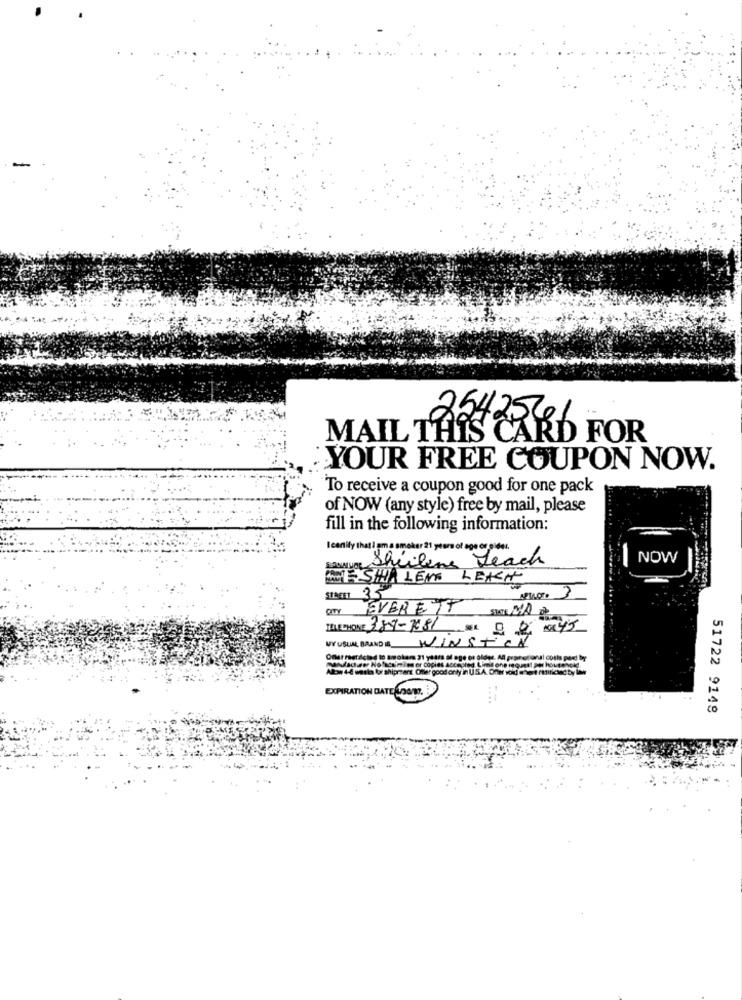
2542561
MAIL THIS CARD FOR
YOUR FREE COUPON NOW.
To receive a coupon good for one pack
of NOW (any style) free by mail, please
fill in the following information:
Icanity that i am a omelar 21 years of age or cidet.
NOW
Shailene Teach
LESHA LEM LEACH
STREET 3.5
EVERETT SKEMA
TELEPHONE 389-7681-SR. 0245
MY USUAL BRAND & WINSTON
als for shipment
copies social
EXPIRATION DATE OGTO.
51722 9148